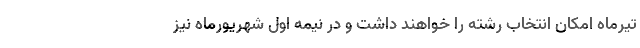
تیرماه امکان انتخاب رشته را خواهند داشت و در نیمه اول شهریورماه نیز